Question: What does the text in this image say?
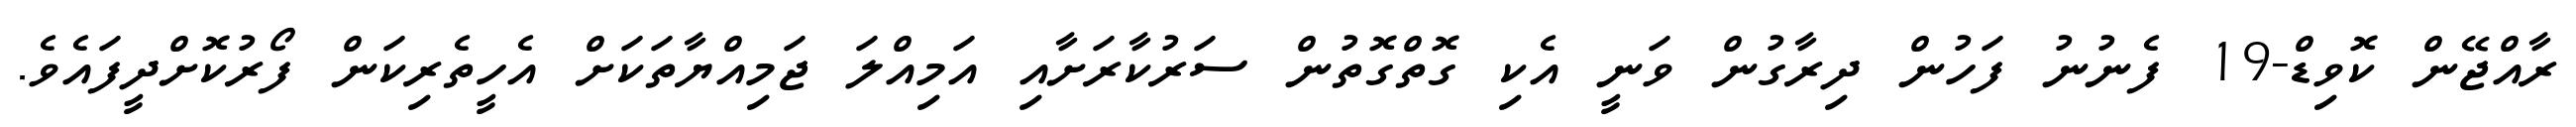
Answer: ރާއްޖޭން ކޮވިޑް-19 ފެނުނު ފަހުން ދިރާގުން ވަނީ އެކި ގޮތްގޮތުން ސަރުކާރަށާއި އަމިއްލަ ޖަމިއްޔާތަކަށް އެހީތެރިކަން ފޯރުކޮށްދީފައެވެ.